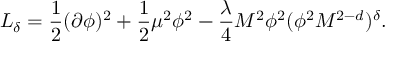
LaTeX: { \cal L } _ { \delta } = { \frac { 1 } { 2 } } ( \partial \phi ) ^ { 2 } + { \frac { 1 } { 2 } } \mu ^ { 2 } \phi ^ { 2 } - { \frac { \lambda } { 4 } } M ^ { 2 } \phi ^ { 2 } ( \phi ^ { 2 } M ^ { 2 - d } ) ^ { \delta } .